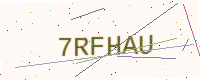
Text: 7RFHAU